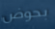
بحوض